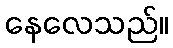
နေလေသည်။